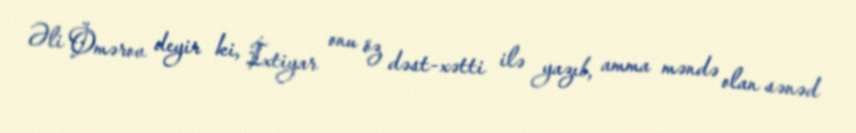
Əli Ömərov deyir ki, İxtiyar onu öz dəst-xətti ilə yazıb, amma məndə olan sənəd